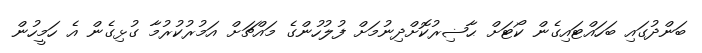
ބަންދުގައި ބަހައްޓައިގެން ކޯޓަށް ޙާޟިރުކޮށްދިނުމަށް ފުލުހުންގެ މައްޗަށް އަމުރުކުރުމާ ގުޅިގެން އެ ހަމީހުން